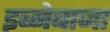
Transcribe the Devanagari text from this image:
इब्नेबाजा